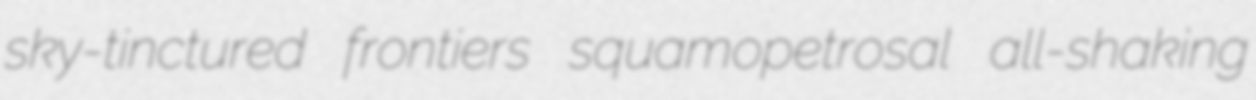
sky-tinctured frontiers squamopetrosal all-shaking